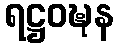
ရဋ္ဌဝဍ္ဎန